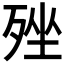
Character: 𣨎